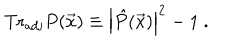
\mathrm { T r } _ { \mathrm { a d j } } P ( { \vec { x } } ) \equiv \left| { \hat { P } } ( { \vec { x } } ) \right| ^ { 2 } - 1 ~ .